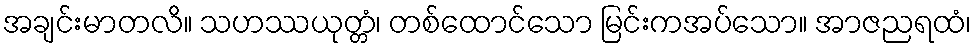
အချင်းမာတလိ။ သဟဿယုတ္တံ၊ တစ်ထောင်သော မြင်းကအပ်သော။ အာဇညရထံ၊